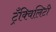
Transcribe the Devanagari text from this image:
ट्रँक्विलिटी